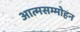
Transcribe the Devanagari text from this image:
आत्मसम्मोहन